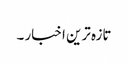
تازہ ترین اخبار ۔